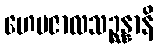
ဟေမဇာလသဉ္ဆန္နာနိ